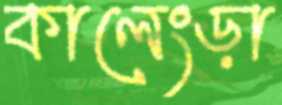
কালেংড়া